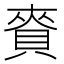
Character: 𧶘